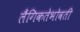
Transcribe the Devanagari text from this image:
लैंगिकतेभोवती